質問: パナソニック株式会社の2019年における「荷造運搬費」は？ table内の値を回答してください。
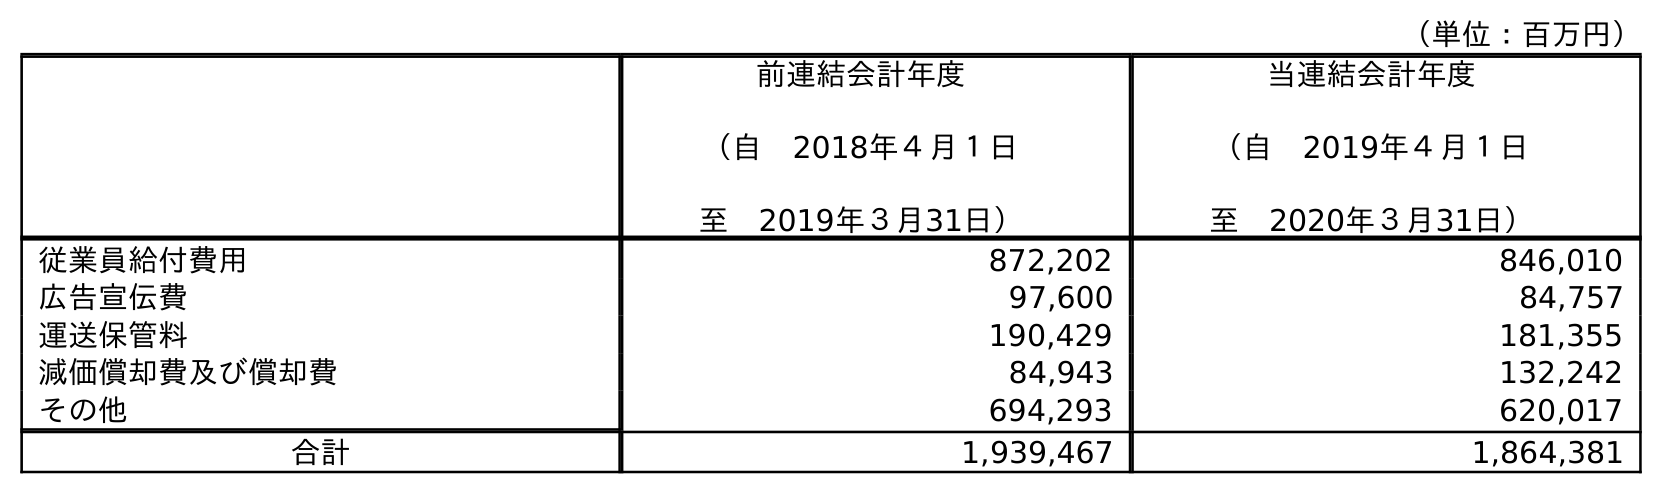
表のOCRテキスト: （単位：百万円） 前連結会計年度 （自 2018年４月１日 至 2019年３月31日） 当連結会計年度 （自 2019年４月１日 至 2020年３月31日） 従業員給付費用 872,202 846,010 広告宣伝費 97,600 84,757 運送保管料 190,429 181,355 減価償却費及び償却費 84,943 132,242 その他 694,293 620,017 合計 1,939,467 1,864,381
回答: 190,429